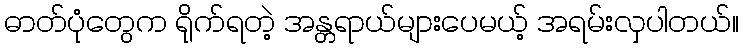
ဓာတ်ပုံတွေက ရိုက်ရတဲ့ အန္တရာယ်များပေမယ့် အရမ်းလှပါတယ်။